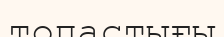
топастығы